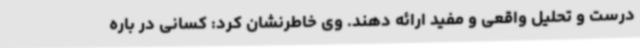
درست و تحلیل واقعی و مفید ارائه دهند. وی خاطرنشان کرد: کسانی در باره